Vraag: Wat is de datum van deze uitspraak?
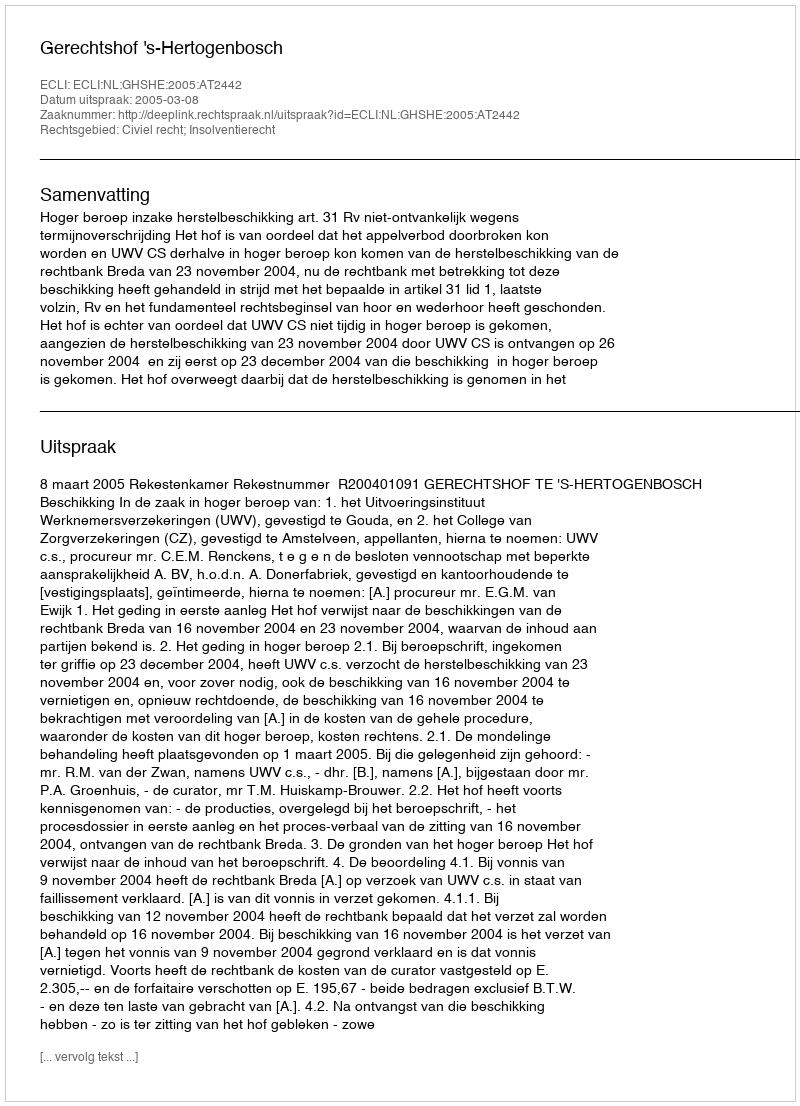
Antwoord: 2005-03-08